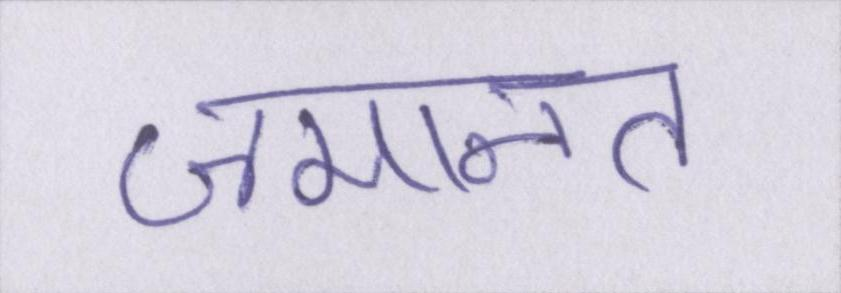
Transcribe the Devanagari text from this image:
जमानत